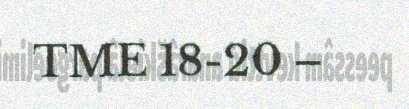
TME 18-20 –